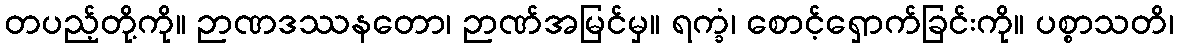
တပည့်တို့ကို။ ဉာဏဒဿနတော၊ ဉာဏ်အမြင်မှ။ ရက္ခံ၊ စောင့်ရှောက်ခြင်းကို။ ပစ္စာသတိ၊